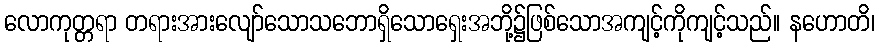
လောကုတ္တရာ တရားအားလျော်သောသဘောရှိသောရှေးအဘို့၌ဖြစ်သောအကျင့်ကိုကျင့်သည်။ နဟောတိ၊